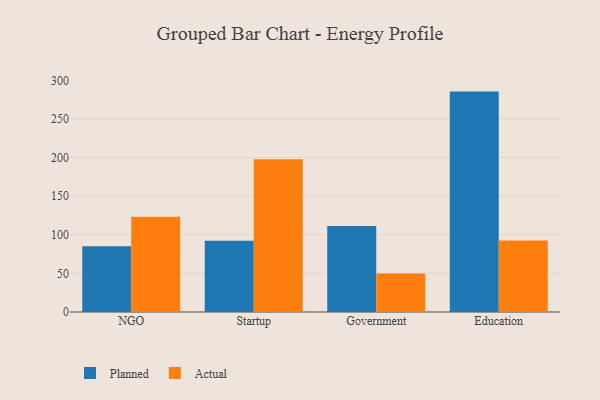
{"axis": {"x": "Segment", "y": "Operating Costs (USD K)"}, "legend": ["Actual", "Planned"], "data": [{"x": "NGO", "y": 85.1, "type": "Planned"}, {"x": "NGO", "y": 123.3, "type": "Actual"}, {"x": "Startup", "y": 92.2, "type": "Planned"}, {"x": "Startup", "y": 197.7, "type": "Actual"}, {"x": "Government", "y": 111.5, "type": "Planned"}, {"x": "Government", "y": 50.0, "type": "Actual"}, {"x": "Education", "y": 285.4, "type": "Planned"}, {"x": "Education", "y": 92.5, "type": "Actual"}]}